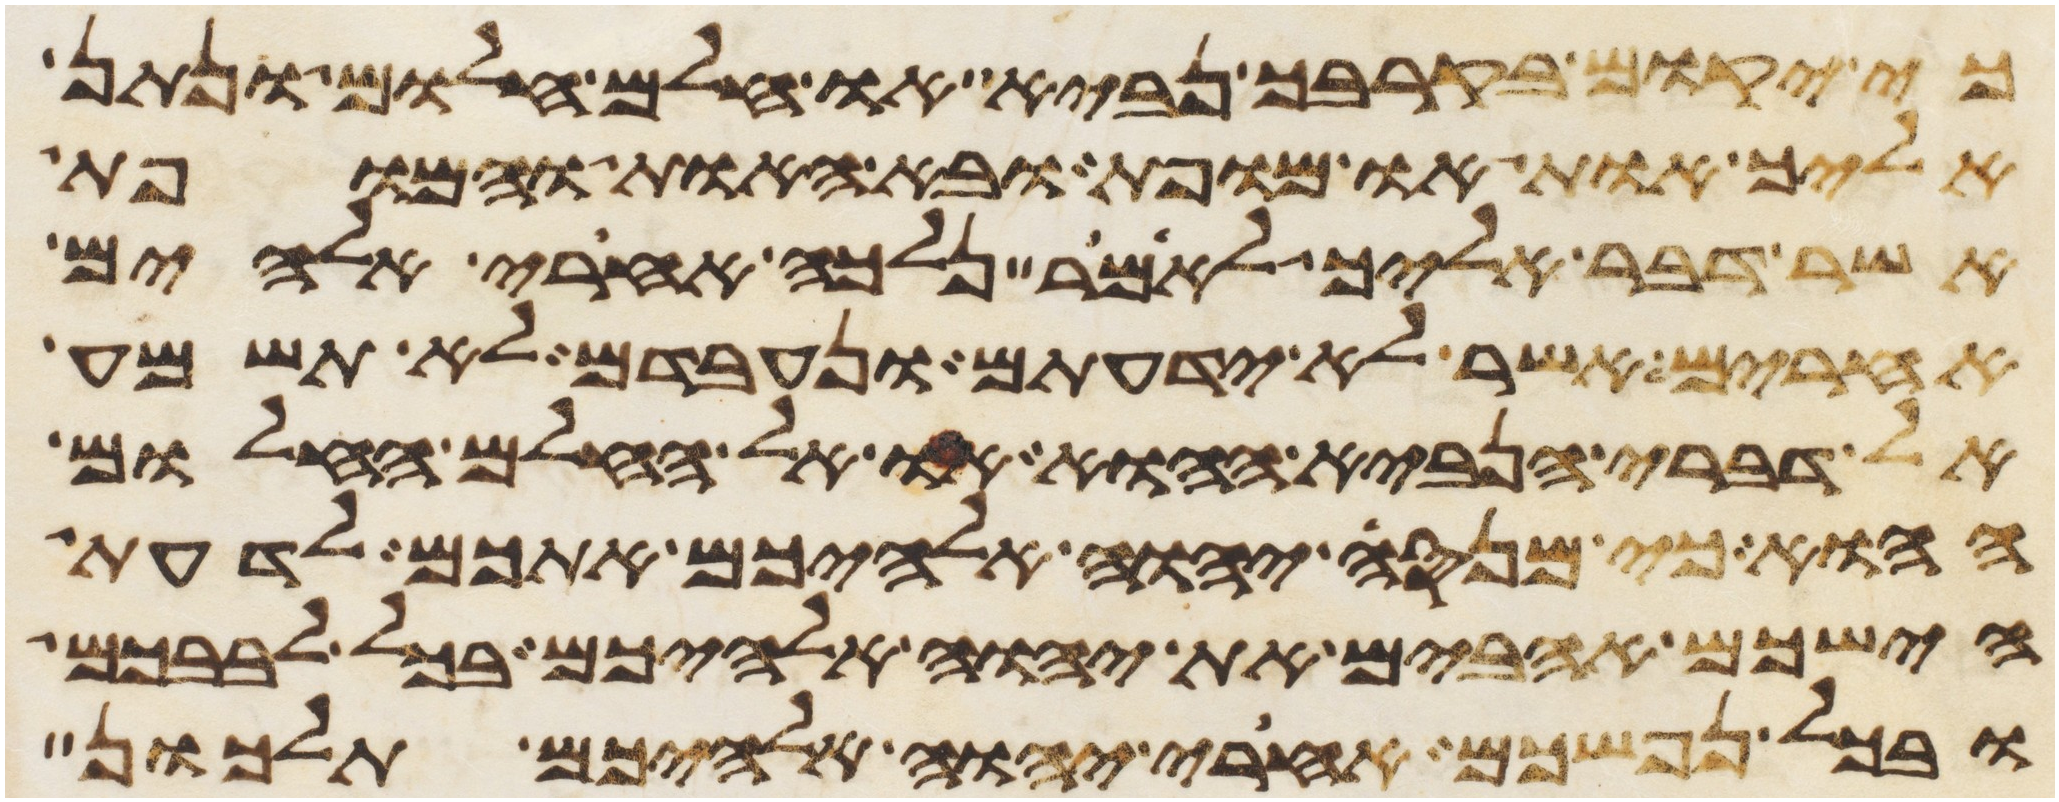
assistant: כי יקום בקרבך נביא או חלם חלום ונתן
אליך אות או מופת ובא האות והמופת
אשר דבר אליך לאמר נלכה אחרי אלהים
אחרים אשר לא ידעתם ונעבדם לא תשמע
אל דברי הנביא ההוא או אל החלם החלום
ההוא כי מנסה יהוה אלהיכם אתכם לדעת
הישכם אהבים את יהוה אלהיכם בכל לבבכם
ובכל נפשכם אחרי יהוה אלהיכם תלכון